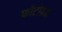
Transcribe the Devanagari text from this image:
फोटोग्रफ